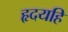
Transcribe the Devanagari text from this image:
हृदयहि